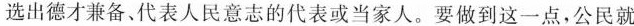
选出德才兼备、代表人民意志的代表或当家人。要做到这一点，公民就